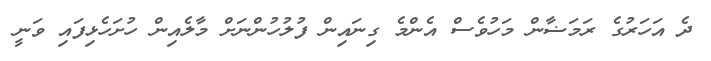
ދެ އަހަރުގެ ރަމަޟާން މަހުވެސް އެންމެ ގިނައިން ފުލުހުންނަށް މާލެއިން ހުށަހެޅިފައި ވަނީ